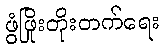
ဖွံဖြိုးတိုးတက်ရေး